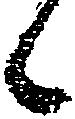
候